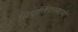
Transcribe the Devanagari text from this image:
सिद्दालिंगास्वामी